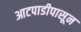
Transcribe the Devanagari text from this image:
आटपाडीपासून